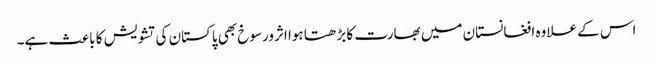
اس کے علاوہ افغانستان میں بھارت کا بڑھتا ہوا اثرورسوخ بھی پاکستان کی تشویش کا باعث ہے۔